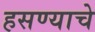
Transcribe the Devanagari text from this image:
हसण्याचे